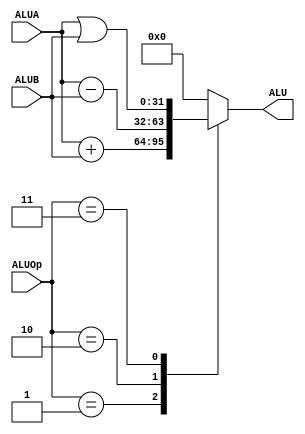
`timescale 1ns / 1ps
//////////////////////////////////////////////////////////////////////////////////
// Company: 
// Engineer: 
// 
// Design Name: 
// Module Name:    ALU 
// Project Name: 
// Target Devices: 
// Tool versions: 
// Description: 
//
// Dependencies: 
//
// Revision: 
// Revision 0.01 - File Created
// Additional Comments: 
//
//////////////////////////////////////////////////////////////////////////////////
module ALU(
    input [31:0] ALUA,
    input [31:0] ALUB,
    input [2:0] ALUOp,
    output [31:0] ALU
    );

	parameter add_Op = 3'b001,
					sub_Op = 3'b010,
					orr_Op = 3'b011;
					
	reg[31:0] ALUOUT;				
	assign ALU = ALUOUT;
	
	always@ ( * ) begin
		case (ALUOp)
			add_Op:
				ALUOUT <= ALUA + ALUB;
			sub_Op:
				ALUOUT <= ALUA - ALUB;
			orr_Op:
				ALUOUT <= ALUA | ALUB;
			default:
				ALUOUT <= 32'h00000000;
		endcase
	end

endmodule